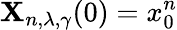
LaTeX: \mathbf{X}_{n,\lambda,\gamma}(0)=x_{0}^{n}